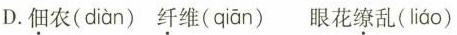
D.佃农( diàn )纤维( qiān )眼花缭乱( liáo )